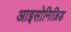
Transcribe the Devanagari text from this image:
आइसोनिज़िड